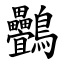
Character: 䴑